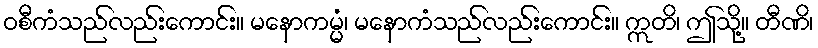
ဝစီကံသည်လည်းကောင်း။ မနောကမ္မံ၊ မနောကံသည်လည်းကောင်း။ ဣတိ၊ ဤသို့။ တီဏိ၊